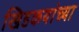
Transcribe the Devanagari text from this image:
खिडकयांच्या